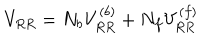
LaTeX: V _ { R R } = N _ { b } V _ { R R } ^ { ( b ) } + N _ { f } V _ { R R } ^ { ( f ) }